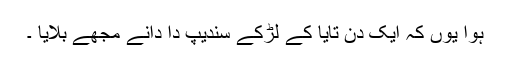
ہوا یوں کہ ایک دن تایا کے لڑکے سندیپ دا دانے مجھے بلایا ۔